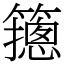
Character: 䉥